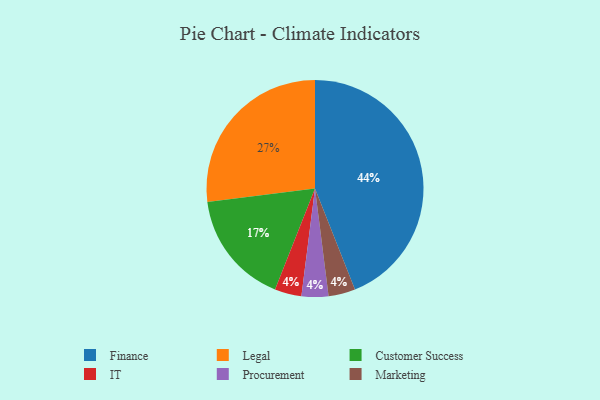
{"axis": {"x": "Category", "y": "Percentage"}, "legend": ["Customer Success", "Finance", "IT", "Legal", "Marketing", "Procurement"], "data": [{"x": "IT", "y": 4, "type": "IT"}, {"x": "Customer Success", "y": 17, "type": "Customer Success"}, {"x": "Finance", "y": 44, "type": "Finance"}, {"x": "Procurement", "y": 4, "type": "Procurement"}, {"x": "Legal", "y": 27, "type": "Legal"}, {"x": "Marketing", "y": 4, "type": "Marketing"}]}